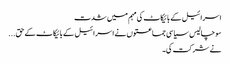
اسرائیل کے بائیکاٹ کی مہم میں شدت
سو چالیس سیاسی جماعتوں نے اسرائیل کے بائیکاٹ کے حق...
نے شرکت کی۔